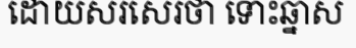
ដោយសរសេរថា ទោះឆ្នាស